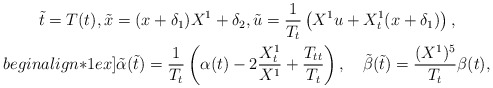
\begin{gather*}\tilde t=T(t),\tilde x=(x+\delta_1)X^1+\delta_2,\tilde u=\frac{1}{T_t}\left( X^1 u +X^1_t(x+\delta_1)\right), \\begin{align*}1ex]\tilde \alpha(\tilde t)=\frac{1}{T_t}\left(\alpha(t)-2\frac{X^1_t}{X^1}+\frac{T_{tt}}{T_t}\right),\quad\tilde\beta(\tilde t)=\dfrac{(X^1)^5}{T_t}\beta(t),\end{gather*}